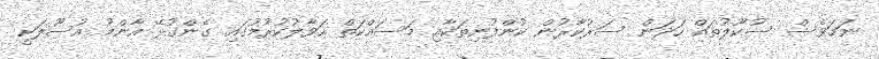
ނަމަވެސް ސުކޫލުތައް ހަދަން ސަރުކާރުން ކުންފުނިތަކާއި މަސައްކަތް ހަވާލުކުރުމުގައި ގެންގުޅޭ އާންމު އުސޫލަކީ